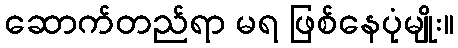
ဆောက်တည်ရာ မရ ဖြစ်နေပုံမျိုး။